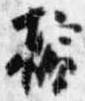
檳